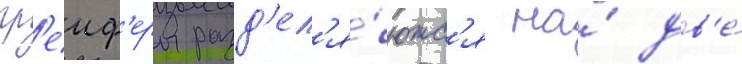
гр'еиф'еры разд'ел'я́ютс'я на́ дв'е́